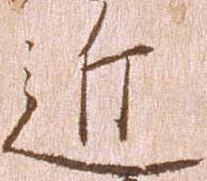
近